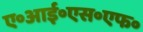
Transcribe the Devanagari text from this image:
ए॰आई॰एस॰एफ॰